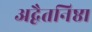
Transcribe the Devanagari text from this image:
अद्वैतनिष्ठा